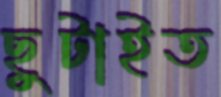
ছুটাইত